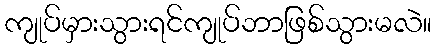
ကျုပ်မှားသွားရင်ကျုပ်ဘာဖြစ်သွားမလဲ။